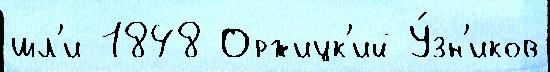
шл'и 1848 Оржицк'ий У́зн'иков